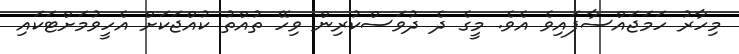
މިހާރު ހަމަޖައްސާފައިވެ އެވެ. މީގެ ދެ ދުވަސްކުރިން ވިހޭ ތުއްތު ކުއްޖަކަށް އެހީވުމަށްޓަކައި